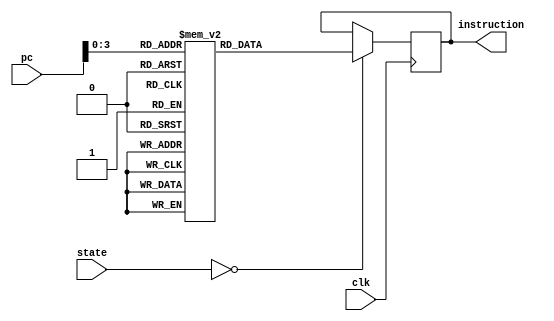
module InstructionMemory (clk,state,pc,instruction);
    
    input clk;
    input [2:0] state;
    input [7:0] pc;
    
    output reg [31:0] instruction;

    reg [31:0] instruction_encodings [0:10];

    always @(posedge clk) begin
        
        if (state == 0) begin
            instruction <= instruction_encodings[pc];
        end
        
    end

    initial begin
        instruction = 0;
        instruction_encodings[0] = 32'b10001100000000010000000000000000;
        instruction_encodings[1] = 32'b10001100000000100000000000000001;
        instruction_encodings[2] = 32'b10001100000000110000000000000010;
        instruction_encodings[3] = 32'b00100100000001000000000000000000;
        instruction_encodings[4] = 32'b00100100001001010000000000000000;
        instruction_encodings[5] = 32'b00000000101000100011000000101010;
        instruction_encodings[6] = 32'b00010000110000000000000000000101;
        instruction_encodings[7] = 32'b00000000100001010010000000100001;
        instruction_encodings[8] = 32'b00000000101000110010100000100001;
        instruction_encodings[9] = 32'b00000000101000100011000000101010;
        instruction_encodings[10] = 32'b00010100110000001111111111111101;
        
    end
endmodule